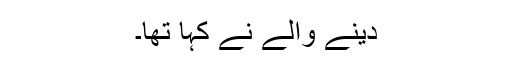
دینے والے نے کہا تھا۔